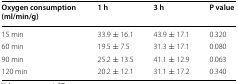
<table><thead><tr><td><b>Oxygen consumption (ml/min/g)</b></td><td><b>1 h</b></td><td><b>3 h</b></td><td><b>P value</b></td></tr></thead><tbody><tr><td>15 min</td><td>33.9 ± 16.1</td><td>43.9 ± 17.1</td><td>0.320</td></tr><tr><td>60 min</td><td>19.5 ± 7.5</td><td>31.3 ± 17.1</td><td>0.080</td></tr><tr><td>90 min</td><td>25.2 ± 13.5</td><td>41.1 ± 12.9</td><td>0.063</td></tr><tr><td>120 min</td><td>20.2 ± 12.1</td><td>31.1 ± 17.2</td><td>0.340</td></tr></tbody></table>